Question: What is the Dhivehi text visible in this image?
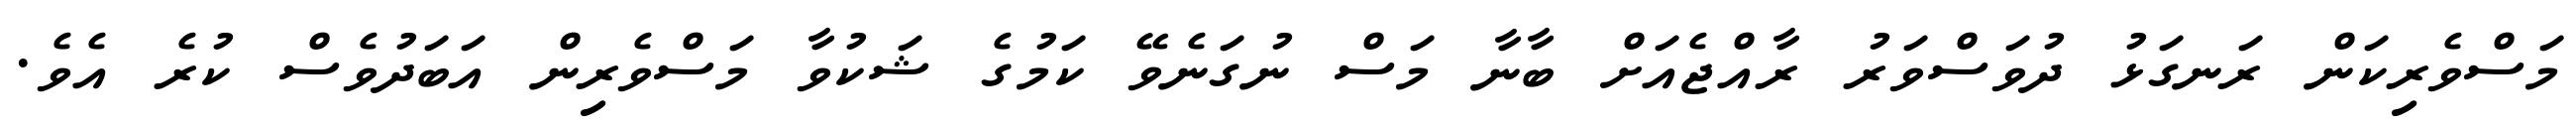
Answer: މަސްވެރިކަން ރަނގަޅު ދުވަސްވަރު ރާއްޖެއަށް ބާނާ މަސް ނުގަނެވޭ ކަމުގެ ޝަކުވާ މަސްވެރިން އަބަދުވެސް ކުރެ އެވެ.